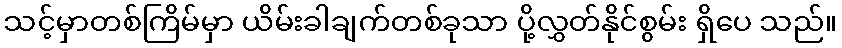
သင့်မှာတစ်ကြိမ်မှာ ယိမ်းခါချက်တစ်ခုသာ ပို့လွှတ်နိုင်စွမ်း ရှိပေ သည်။